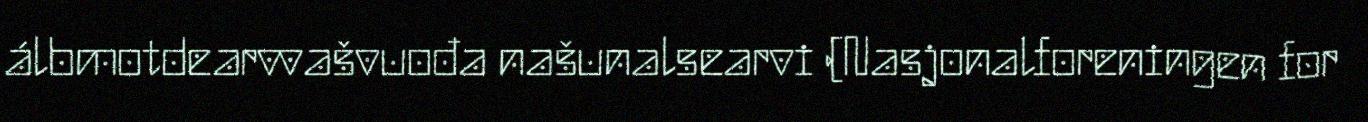
álbmotdearvvašvuođa našunalsearvi (Nasjonalforeningen for